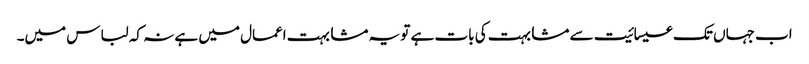
اب جہاں تک عیسائیت سے مشابہت کی بات ہے تو یہ مشابہت اعمال میں ہے نہ کہ لباس میں۔